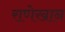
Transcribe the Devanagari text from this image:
राणेखान